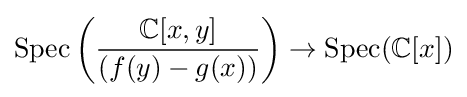
{\text{Spec}}\left({\frac {\mathbb {C} [x,y]}{(f(y)-g(x))}}\right)\to {\text{Spec}}(\mathbb {C} [x])